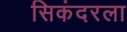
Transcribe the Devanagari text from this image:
सिकंदरला